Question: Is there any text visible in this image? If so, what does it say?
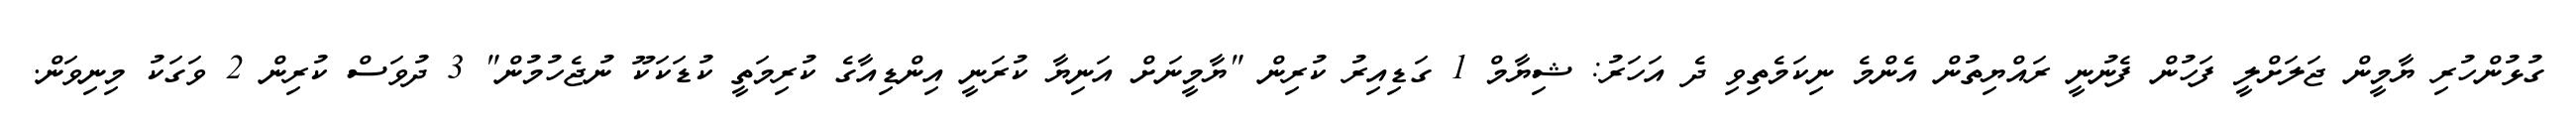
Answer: ގުޅުންހުރި ޔާމީން ޖަލަށްލީ ފަހުން ފެނުނީ ރައްޔިތުން އެންމެ ނިކަމެތިވި ދެ އަހަރު: ޝިޔާމް 1 ގަޑިއިރު ކުރިން "ޔާމީނަށް އަނިޔާ ކުރަނީ އިންޑިއާގެ ކުރިމަތީ ކުޑަކަކޫ ނުޖެހުމުން" 3 ދުވަސް ކުރިން 2 ވަގަކު މިނިވަން.